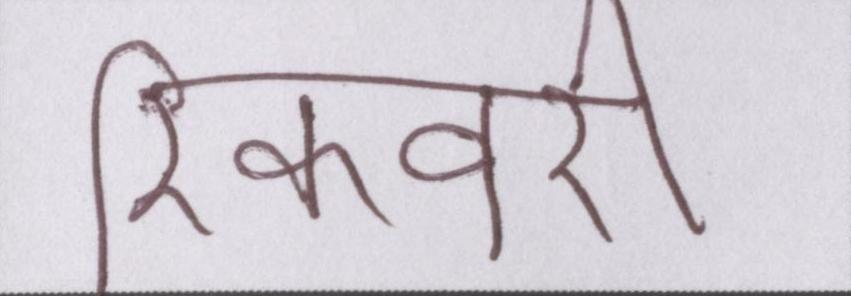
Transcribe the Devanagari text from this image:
रिकवरी